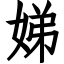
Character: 娣